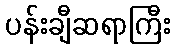
ပန်းချီဆရာကြီး